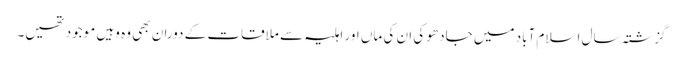
گزشتہ سال اسلام آباد میں جادھو کی ان کی ماں اور اہلیہ سے ملاقات کے دوران بھی وہ وہیں موجود تھیں۔